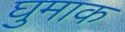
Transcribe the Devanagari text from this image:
घुमाक